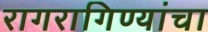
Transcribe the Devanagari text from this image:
रागरागिण्यांचा